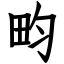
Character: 畇